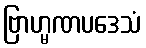
ဗြာဟ္မဏပဒေသံ